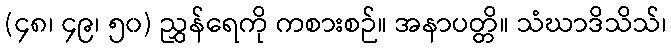
(၄၈၊ ၄၉၊ ၅၀) ညွှန်ရေကို ကစားစဉ်။ အနာပတ္တိ။ သံဃာဒိသိသ်၊